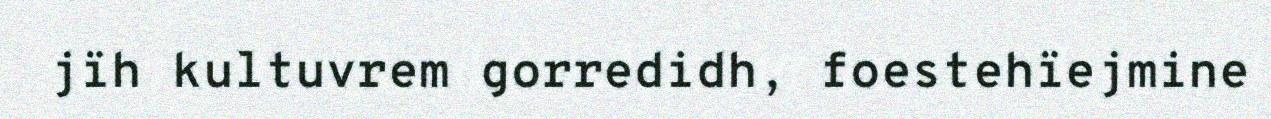
jïh kultuvrem gorredidh, foestehïejmine